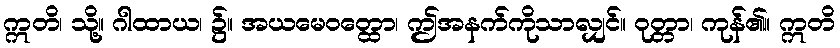
ဣတိ၊ သို့။ ဂါထာယ၊ ၌။ အယမေဝတ္ထော၊ ဤအနက်ကိုသာလျှင်။ ဝုတ္တာ၊ ကုန်၏။ ဣတိ